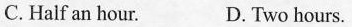
C. Half an hour. D. Two hours.